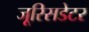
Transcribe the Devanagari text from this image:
जूरिसडेटर